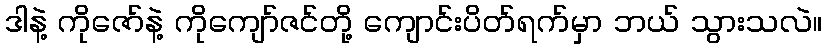
ဒါနဲ့ ကိုဇော်နဲ့ ကိုကျော်ဇင်တို့ ကျောင်းပိတ်ရက်မှာ ဘယ် သွားသလဲ။